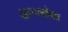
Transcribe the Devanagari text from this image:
खन्नासोबत